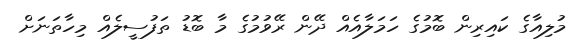
މުލިއާގެ ކައިރިން ބޮމުގެ ހަމަލާއެއް ދޭން ރޭވުމުގެ މާ ބޮޑު ތަފުސީލެއް މިހާތަނަށް